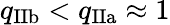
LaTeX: q_{\mathrm{IIb}}<q_{\mathrm{IIa}}\approx 1